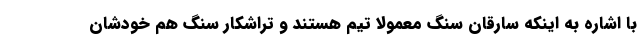
با اشاره به اینکه سارقان سنگ معمولا تیم هستند و تراشکار سنگ هم خودشان